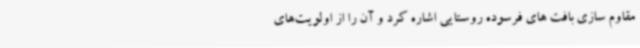
مقاوم سازی بافت های فرسوده روستایی اشاره کرد و آن را از اولویت‌های